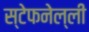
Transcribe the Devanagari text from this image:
स्टेफनेल्ली